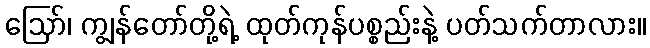
ဪ၊ ကျွန်တော်တို့ရဲ့ ထုတ်ကုန်ပစ္စည်းနဲ့ ပတ်သက်တာလား။